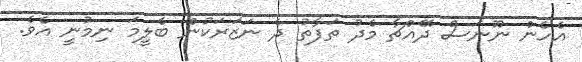
އެހެން ނޫނަސް ދޭއްޗާ މެދު ތަފާތު ދެ ނަޒަރަކުން ބެލީމަ ނިމުނީ އެވެ.